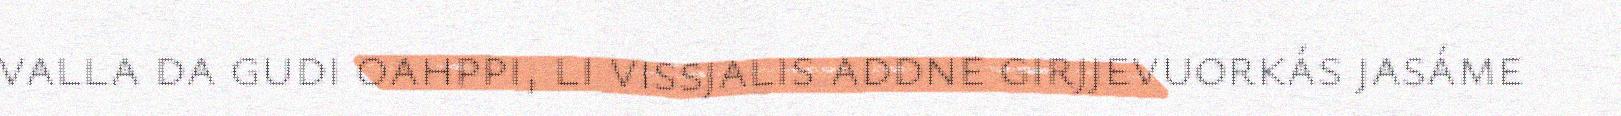
valla da gudi oahppi, li vissjalis addne girjjevuorkás jasáme